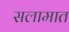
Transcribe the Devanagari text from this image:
सलामात